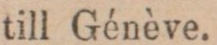
till Génève.